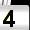
Digit: 4